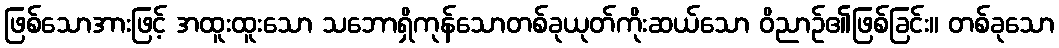
ဖြစ်သောအားဖြင့် အထူးထူးသော သဘောရှိကုန်သောတစ်ခုယုတ်ကိုးဆယ်သော ဝိညာဉ်၏ဖြစ်ခြင်း။ တစ်ခုသော